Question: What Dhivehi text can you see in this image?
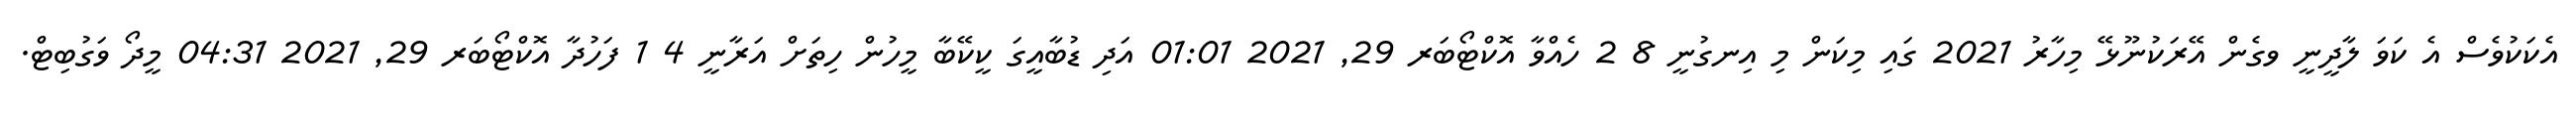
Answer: އެކަކުވެސް އެ ކަވަ ލާދީނީ ވގެން އޭރަކުނޫޅޭ މިހާރު 2021 ގައި މިކަން މި އިނގުނީ 8 2 ހެއްވާ އޮކްޓޯބަރ 29, 2021 01:01 އަދި ޑުބާއީގަ ކީކޭބާ މީހުން ހިތަށް އަރާނީ 4 1 ފަހުދާ އޮކްޓޯބަރ 29, 2021 04:31 މީދޯ ވަގުބިޓް.